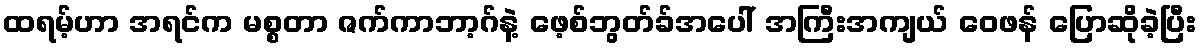
ထရမ့်ဟာ အရင်က မစ္စတာ ဇက်ကာဘာ့ဂ်နဲ့ ဖေ့စ်ဘွတ်ခ်အပေါ် အကြီးအကျယ် ဝေဖန် ပြောဆိုခဲ့ပြီး